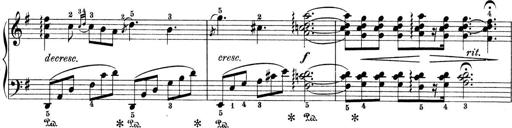
Title: 9 Sonatinen
Composer: Alexander Winterberger